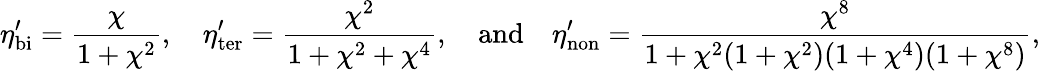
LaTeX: \eta_{\mathrm{bi}}^{\prime}=\frac{\chi}{1+\chi^{2}},\quad\eta_{\mathrm{ter}}^{\prime}=\frac{\chi^{2}}{1+\chi^{2}+\chi^{4}},\quad\mathrm{and}\quad\eta_{\mathrm{non}}^{\prime}=\frac{\chi^{8}}{1+\chi^{2}(1+\chi^{2})(1+\chi^{4})(1+\chi^{8})},